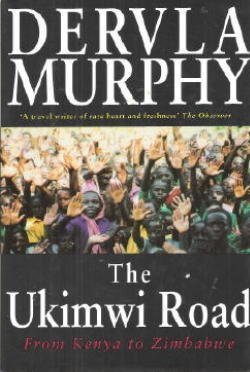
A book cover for The Ukimwi Road: From Kenya to Zimbabwe; Dervla Murphy; Travel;